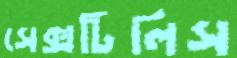
সেক্সটিলিস